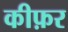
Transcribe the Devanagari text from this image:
कीफ़र